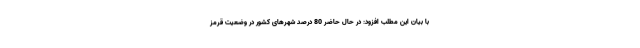
با بیان این مطلب افزود: در حال حاضر 80 درصد شهرهای کشور در وضعیت قرمز